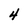
Character: 4